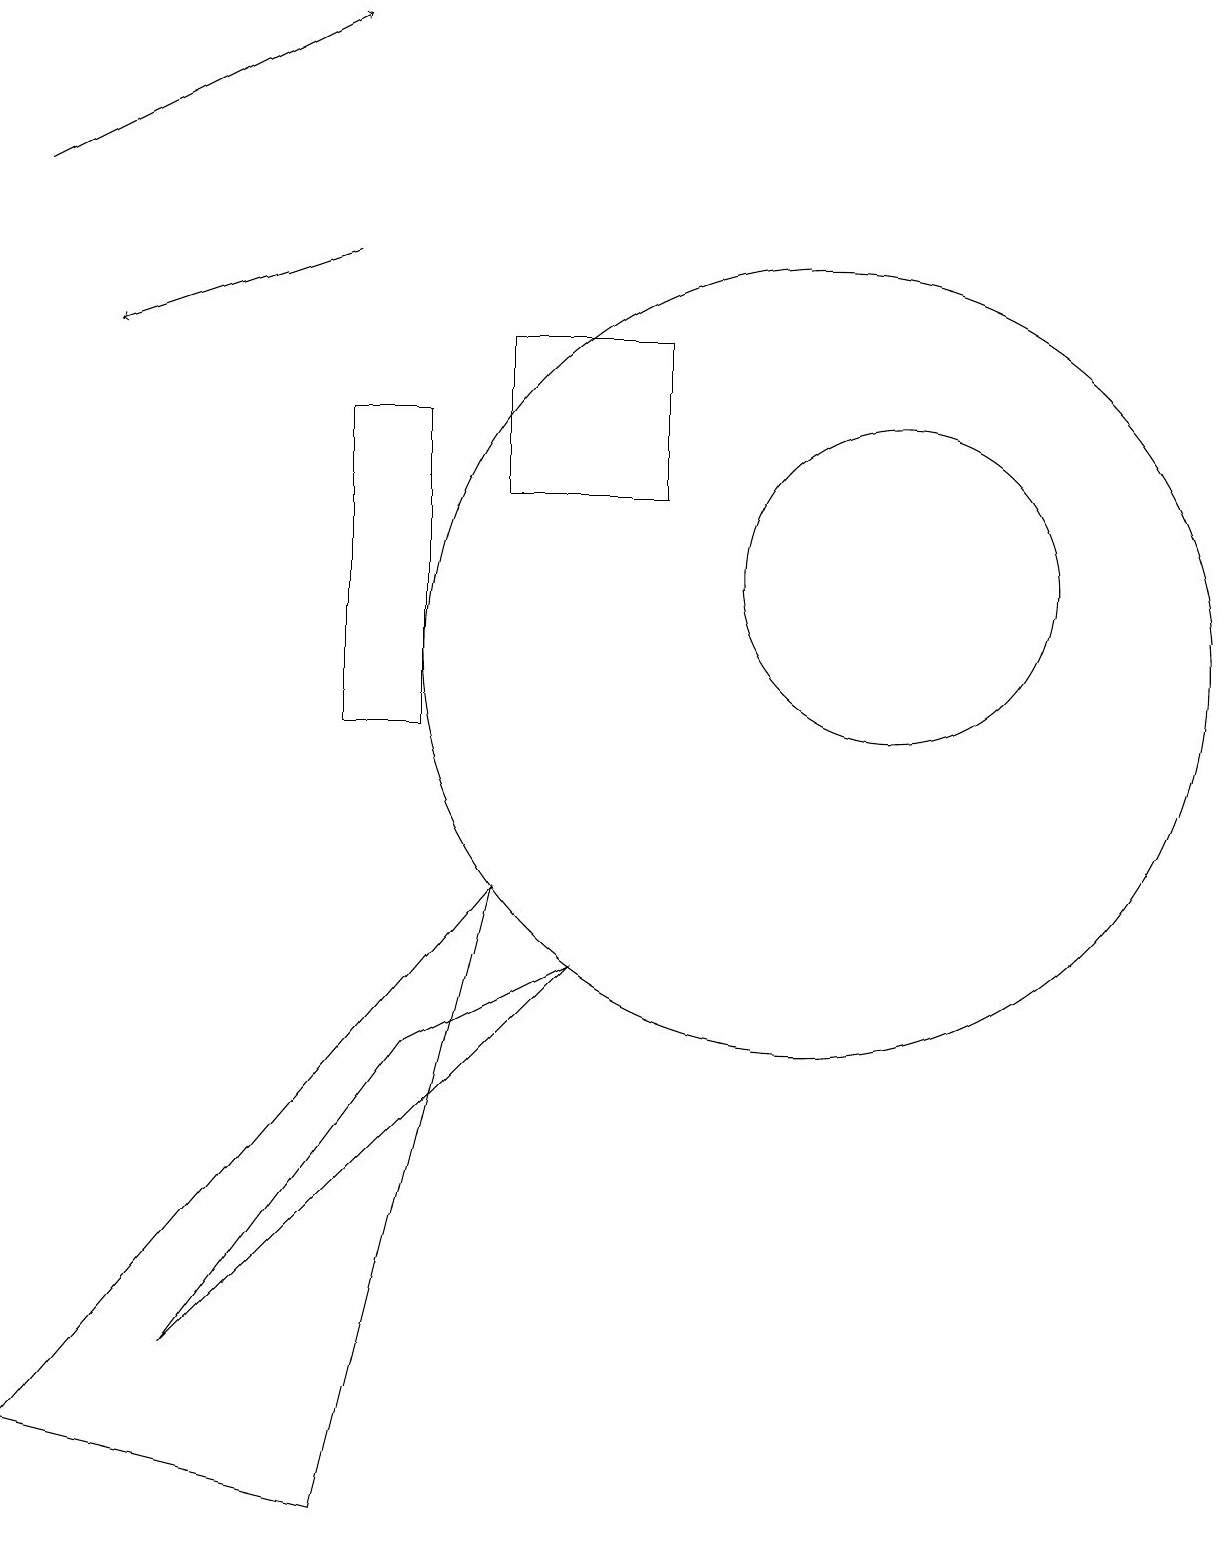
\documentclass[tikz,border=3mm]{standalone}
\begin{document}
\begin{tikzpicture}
\draw (10,11) circle (5);
\draw (2,2) -- (5,6) -- (7,7) -- cycle;
\draw (4,0) -- (6,8) -- (0,1) -- cycle;
\draw[->] (4,16) -- (1,15);
\draw[->] (0,17) -- (4,19);
\draw (6,15) rectangle (8,13);
\draw (11,12) circle (2);
\draw (5,14) rectangle (4,10);
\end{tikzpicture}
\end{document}